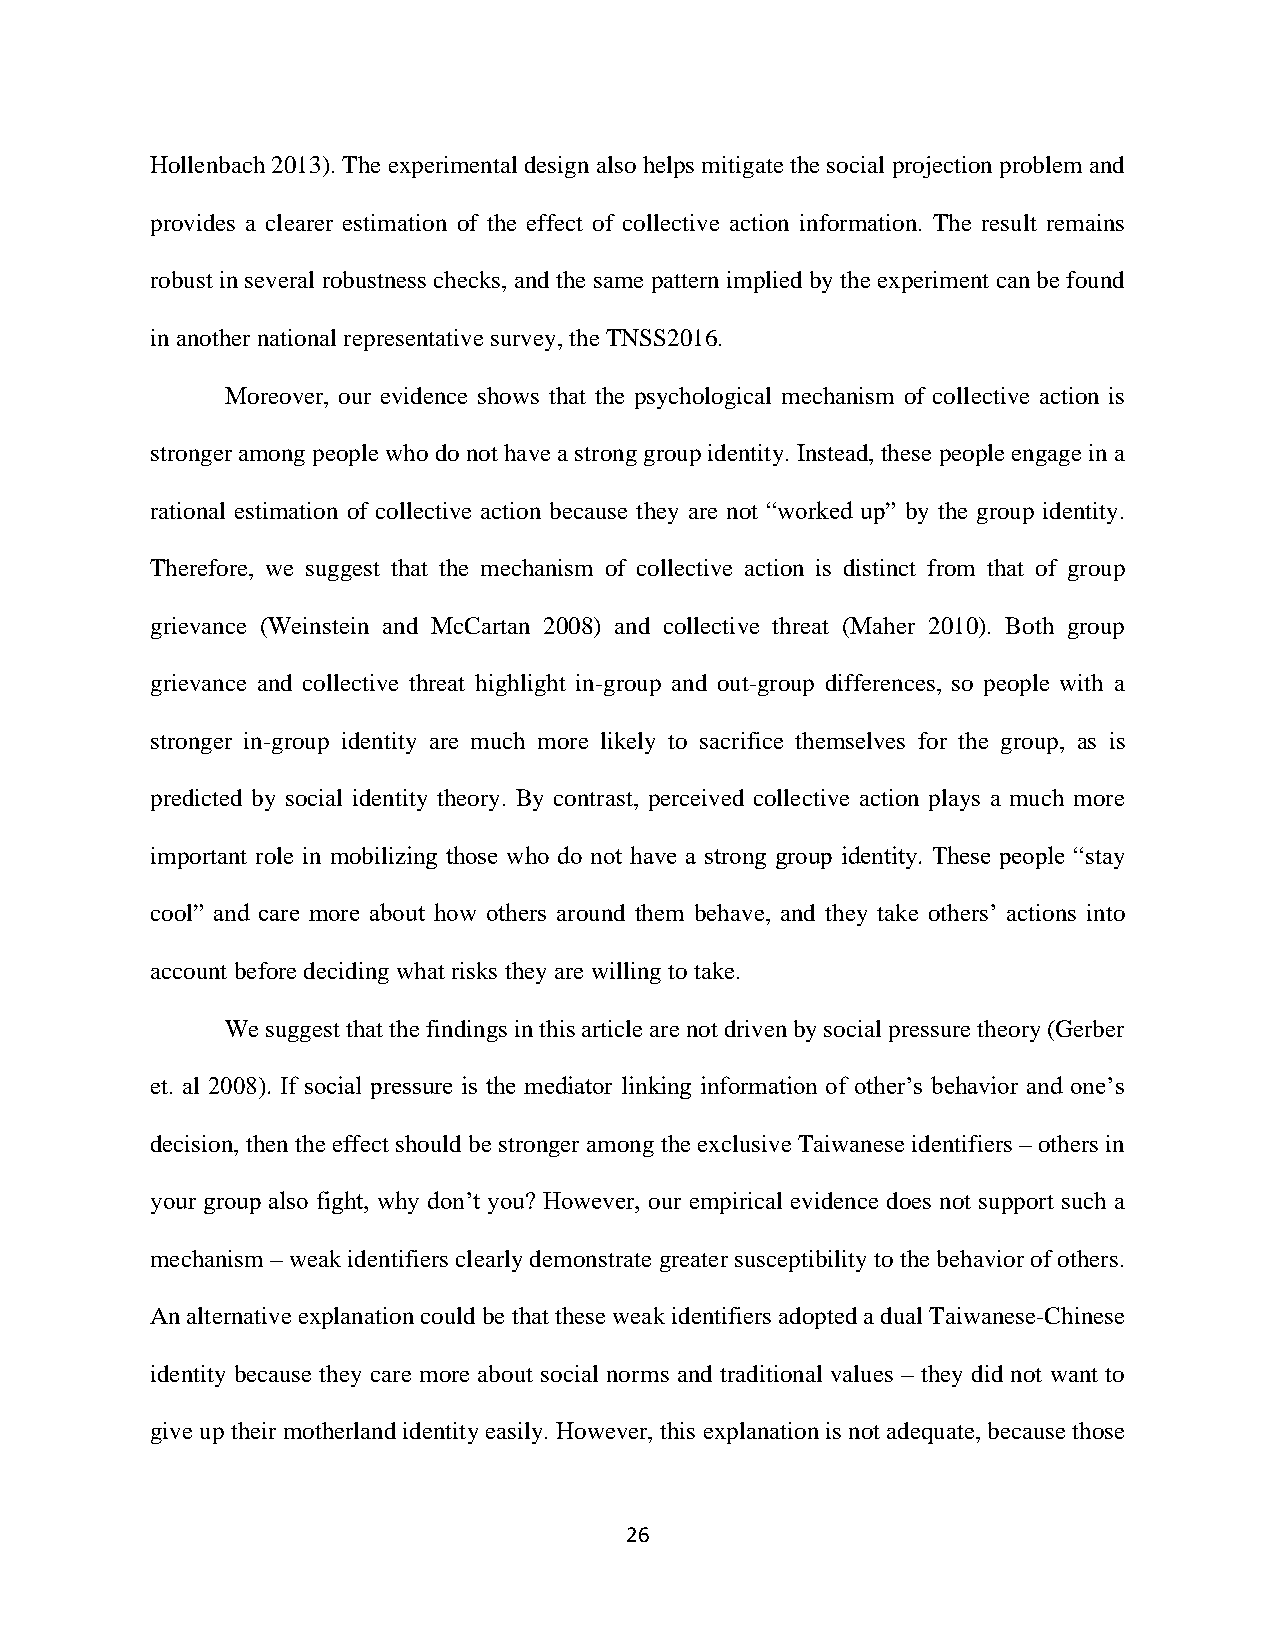
Hollenbach 2013). The experimental design also helps mitigate the social projection problem and
 provides a clearer estimation of the effect of collective action information. The result remains
 robust in several robustness checks, and the same pattern implied by the experiment can be found
 in another national representative survey, the TNSS2016.
 Moreover, our evidence shows that the psychological mechanism of collective action is
 stronger among people who do not have a strong group identity. Instead, these people engage in a
 rational estimation of collective action because they are not “worked up” by the group identity.
 Therefore, we suggest that the mechanism of collective action is distinct from that of group
 grievance (Weinstein and McCartan 2008) and collective threat (Maher 2010). Both group
 grievance and collective threat highlight in-group and out-group differences, so people with a
 stronger in-group identity are much more likely to sacrifice themselves for the group, as is
 predicted by social identity theory. By contrast, perceived collective action plays a much more
 important role in mobilizing those who do not have a strong group identity. These people “stay
 cool” and care more about how others around them behave, and they take others’ actions into
 account before deciding what risks they are willing to take.
 We suggest that the findings in this article are not driven by social pressure theory (Gerber
 et. al 2008). If social pressure is the mediator linking information of other’s behavior and one’s
 decision, then the effect should be stronger among the exclusive Taiwanese identifiers – others in
 your group also fight, why don’t you? However, our empirical evidence does not support such a
 mechanism – weak identifiers clearly demonstrate greater susceptibility to the behavior of others.
 An alternative explanation could be that these weak identifiers adopted a dual Taiwanese-Chinese
 identity because they care more about social norms and traditional values – they did not want to
 give up their motherland identity easily. However, this explanation is not adequate, because those
 26